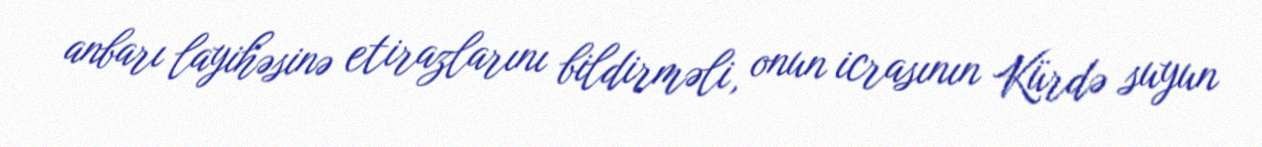
anbarı layihəsinə etirazlarını bildirməli, onun icrasının Kürdə suyun